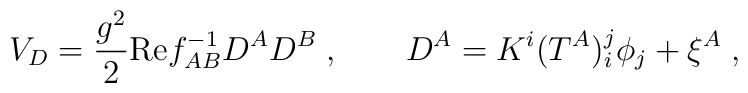
V_D = \frac{g^2}2 {\rm Re} f_{AB}^{-1} D^A D^B \;,\qquad D^A = K^i(T^A)_i^j \phi_j + \xi^A \;,